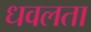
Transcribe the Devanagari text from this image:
धवलता